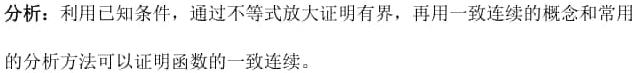
分析：利用已知条件，通过不等式放大证明有界，再用一致连续的概念和常用的分析方法可以证明函数的一致连续。